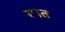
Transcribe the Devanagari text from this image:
रपत